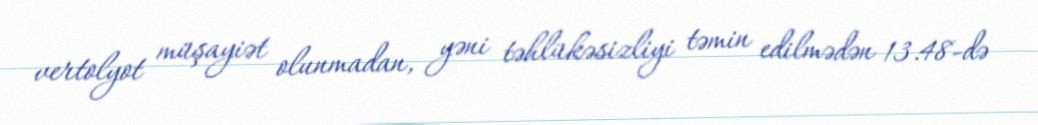
vertolyot müşayiət olunmadan, yəni təhlükəsizliyi təmin edilmədən 13.48-də